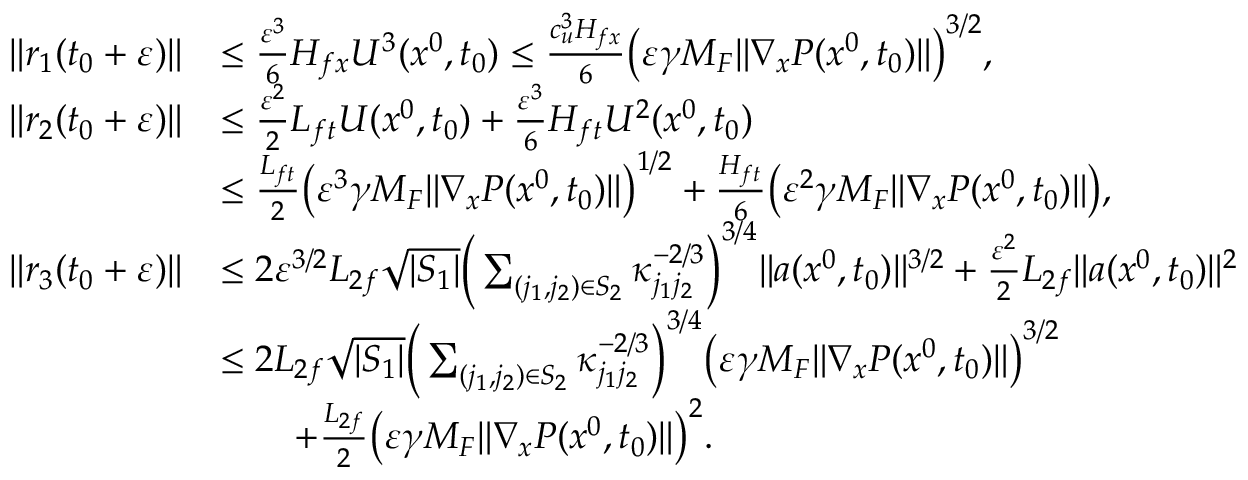
\begin{array} { r l } { \| r _ { 1 } ( t _ { 0 } + \varepsilon ) \| } & { \le \frac { \varepsilon ^ { 3 } } { 6 } H _ { f x } U ^ { 3 } ( x ^ { 0 } , t _ { 0 } ) \le \frac { c _ { u } ^ { 3 } H _ { f x } } { 6 } \big ( \varepsilon \gamma { M _ { F } } \| \nabla _ { x } P ( x ^ { 0 } , t _ { 0 } ) \| \big ) ^ { 3 / 2 } , } \\ { \| r _ { 2 } ( t _ { 0 } + \varepsilon ) \| } & { \le \frac { \varepsilon ^ { 2 } } { 2 } L _ { f t } U ( x ^ { 0 } , t _ { 0 } ) + \frac { \varepsilon ^ { 3 } } { 6 } H _ { f t } U ^ { 2 } ( x ^ { 0 } , t _ { 0 } ) } \\ & { \le \frac { L _ { f t } } { 2 } \big ( \varepsilon ^ { 3 } \gamma { M _ { F } } \| \nabla _ { x } P ( x ^ { 0 } , t _ { 0 } ) \| \big ) ^ { 1 / 2 } + \frac { H _ { f t } } { 6 } \big ( \varepsilon ^ { 2 } \gamma { M _ { F } } \| \nabla _ { x } P ( x ^ { 0 } , t _ { 0 } ) \| \big ) , } \\ { \| r _ { 3 } ( t _ { 0 } + \varepsilon ) \| } & { \le 2 \varepsilon ^ { 3 / 2 } L _ { 2 f } \sqrt { | S _ { 1 } | } \Big ( \sum _ { ( j _ { 1 } , j _ { 2 } ) \in S _ { 2 } } \kappa _ { j _ { 1 } j _ { 2 } } ^ { - 2 / 3 } \Big ) ^ { 3 / 4 } \| a ( x ^ { 0 } , t _ { 0 } ) \| ^ { 3 / 2 } + \frac { \varepsilon ^ { 2 } } { 2 } L _ { 2 f } \| a ( x ^ { 0 } , t _ { 0 } ) \| ^ { 2 } } \\ & { \le 2 L _ { 2 f } \sqrt { | S _ { 1 } | } \Big ( \sum _ { ( j _ { 1 } , j _ { 2 } ) \in S _ { 2 } } \kappa _ { j _ { 1 } j _ { 2 } } ^ { - 2 / 3 } \Big ) ^ { 3 / 4 } \big ( \varepsilon \gamma { M _ { F } } \| \nabla _ { x } P ( x ^ { 0 } , t _ { 0 } ) \| \big ) ^ { 3 / 2 } } \\ & { \qquad + \frac { L _ { 2 f } } { 2 } \big ( \varepsilon \gamma { M _ { F } } \| \nabla _ { x } P ( x ^ { 0 } , t _ { 0 } ) \| \big ) ^ { 2 } . } \end{array}